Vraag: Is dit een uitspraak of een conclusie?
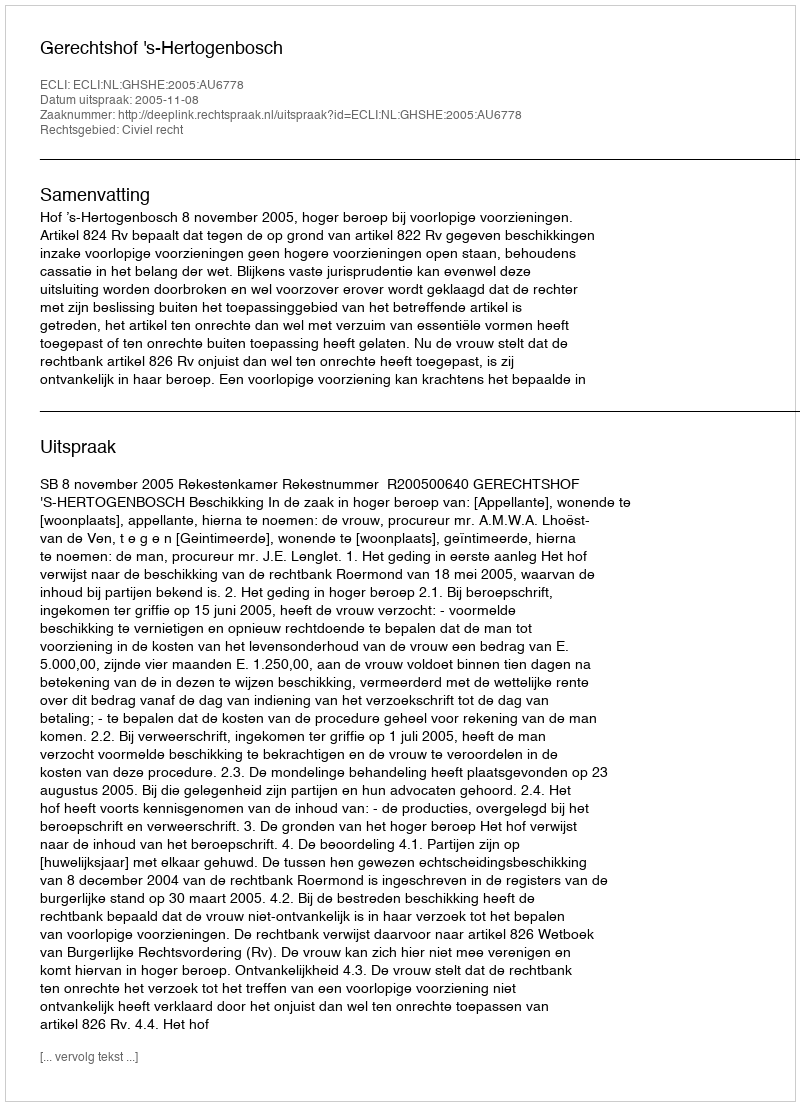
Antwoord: Uitspraak